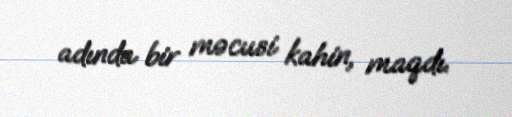
adında bir məcusi kahin, maqdı.